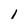
Character: 1